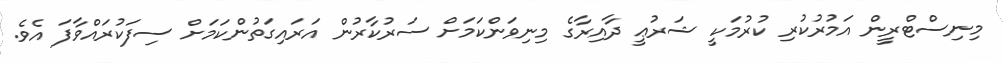
މިނިސްޓްރީން އަމުރުކުރި ކުރުމަކީ ޝަރުޢީ ދާއިރާގެ މިނިވަންކަމަށް ސަރުކާރުން އަރައިގަތުންކަމަށް ސިފަކުރައްވާފަ އެވެ.